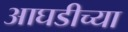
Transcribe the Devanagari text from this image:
आघडीच्या